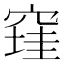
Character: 𰩔